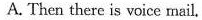
A. Then there is voice mail,